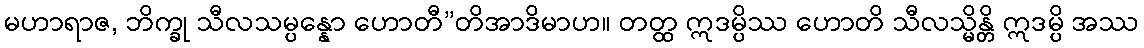
မဟာရာဇ, ဘိက္ခု သီလသမ္ပန္နော ဟောတီ”တိအာဒိမာဟ။ တတ္ထ ဣဒမ္ပိဿ ဟောတိ သီလသ္မိန္တိ ဣဒမ္ပိ အဿ